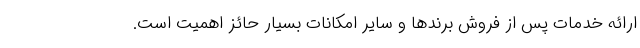
ارائه خدمات پس از فروش برندها و سایر امکانات بسیار حائز اهمیت است.